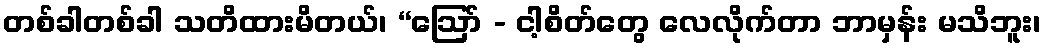
တစ်ခါတစ်ခါ သတိထားမိတယ်၊ “ဩော် - ငါ့စိတ်တွေ လေလိုက်တာ ဘာမှန်း မသိဘူး၊